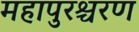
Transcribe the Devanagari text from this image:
महापुरश्चरण